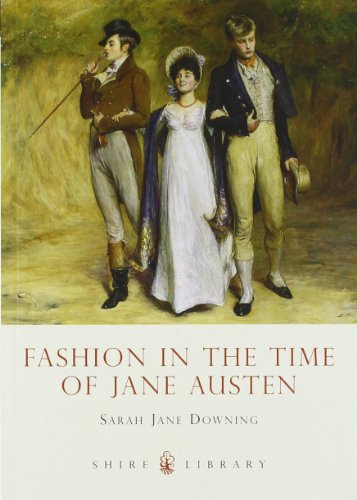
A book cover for Fashion in the Time of Jane Austen (Shire Library); Sarah-Jane Downing; Crafts, Hobbies & Home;